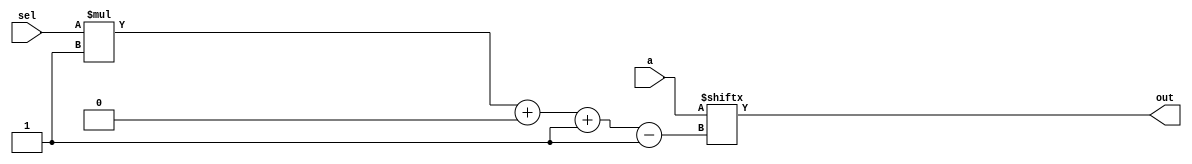
/*
   This file was generated automatically by the Mojo IDE version B1.3.4.
   Do not edit this file directly. Instead edit the original Lucid source.
   This is a temporary file and any changes made to it will be destroyed.
*/

module multiplexer4_23 (
    input [3:0] a,
    input [1:0] sel,
    output reg out
  );
  
  
  
  always @* begin
    out = a[(sel)*1+0-:1];
  end
endmodule